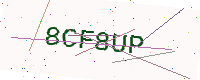
Text: 8CF8UP